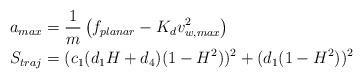
LaTeX: \begin{align*}a_{max} &= \frac{1}{m}\left(f_{planar} - K_d v_{w,max}^2\right) \\S_{traj} &= (c_1(d_1 H + d_4)(1-H^2))^2 + (d_1(1-H^2))^2\end{align*}